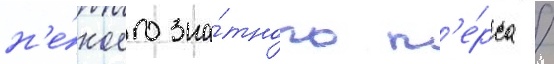
н'е́коего зна́тного п'е́рса /